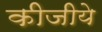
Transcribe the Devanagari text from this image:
कीजीये